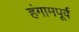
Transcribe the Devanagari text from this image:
हंगामपूर्व